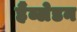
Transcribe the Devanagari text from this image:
हैंब्लेडन